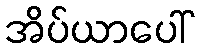
အိပ်ယာပေါ်